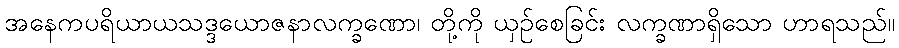
အနေကပရိယာယသဒ္ဒယောဇနာလက္ခဏော၊ တို့ကို ယှဉ်စေခြင်း လက္ခဏာရှိသော ဟာရသည်။